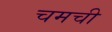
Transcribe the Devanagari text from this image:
चमची